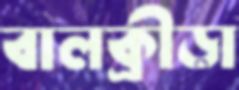
বালক্রীড়া